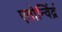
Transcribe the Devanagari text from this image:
एतोन्विंद्रं